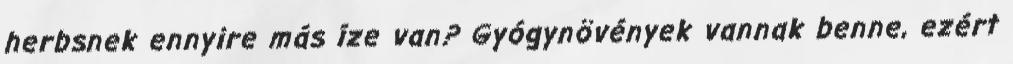
herbsnek ennyire más íze van? Gyógynövények vannak benne, ezért